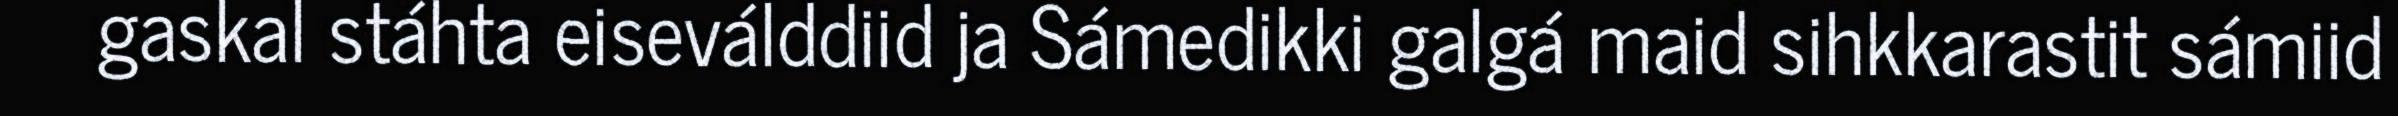
gaskal stáhta eiseválddiid ja Sámedikki galgá maid sihkkarastit sámiid